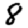
Digit: 8